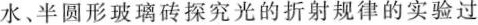
水、半圆形玻璃砖探究光的折射规律的实验过